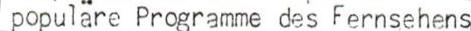
populäre Programme des Fernsehens